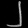
Digit: ၂